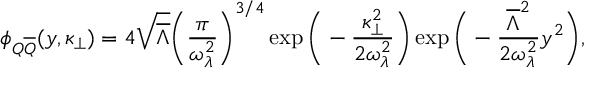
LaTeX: \phi _ { Q \overline { { { Q } } } } ( y , \kappa _ { \bot } ) = 4 \sqrt { \overline { { { \Lambda } } } } \Bigg ( { \frac { \pi } { \omega _ { \lambda } ^ { 2 } } } \Bigg ) ^ { 3 / 4 } \exp \Bigg ( - { \frac { \kappa _ { \bot } ^ { 2 } } { 2 \omega _ { \lambda } ^ { 2 } } } \Bigg ) \exp \Bigg ( - { \frac { \overline { { { \Lambda } } } ^ { 2 } } { 2 \omega _ { \lambda } ^ { 2 } } } y ^ { 2 } \Bigg ) ,